Scottish Certificate of Education, 1963
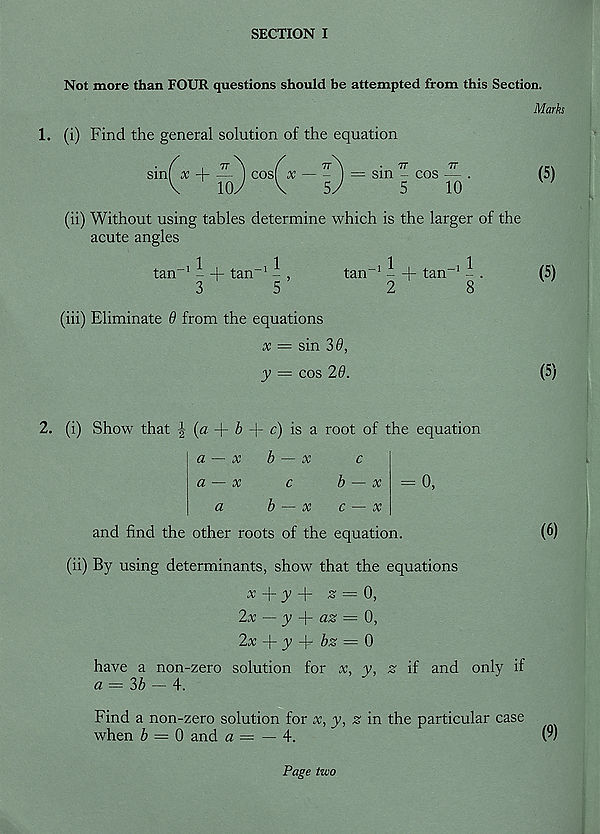
SECTION I
Not more than FOUR questions should be attempted from this Section.
Marks
1. (i) Find the general solution of the equation
77* \
f
IT
, — COS ,
V
ioy
V
5
smf x + —- ) cos( x — ~ ] = sin - cos
77
77
- COS —
5
10
(5)
(ii) Without using tables determine which is the larger of the
acute angles
tan 1 - + tan 1 ^
3
5
2
(iii) Eliminate 9 from the equations
x = sin 36,
y = cos 29.
. _i 1 | , _i 1
tan - + tan
8
(5)
(5)
= 0,
(6)
2. (i) Show that j (a + 6 + c) is a root of the equation
a — x
b — x
c
a — x
c
b — x
a
b — x
c — x
and find the other roots of the equation.
(ii) By using determinants, show that the equations
x -|~ y -j - % —■ 0,
2x — y
az = 0,
2x + y -fife = 0
have a non-zero solution for x, y, z if and only if
a = 3b — A.
Find a non-zero solution for x, y, z in the particular case
when 6 = 0 and a = — 4.
(9)
Page two